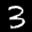
Label: 3